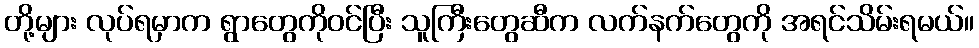
တို့များ လုပ်ရမှာက ရွာတွေကိုဝင်ပြီး သူကြီးတွေဆီက လက်နက်တွေကို အရင်သိမ်းရမယ်။